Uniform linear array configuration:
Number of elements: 12
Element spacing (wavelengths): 0.25
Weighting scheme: hann
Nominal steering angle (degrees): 60
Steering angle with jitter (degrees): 61.851
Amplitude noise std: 0.05
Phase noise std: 0.05

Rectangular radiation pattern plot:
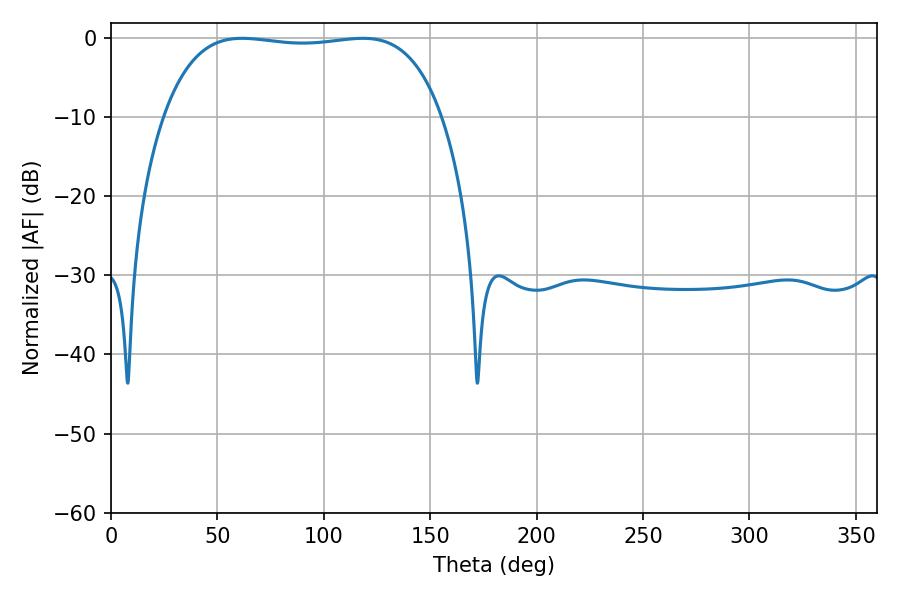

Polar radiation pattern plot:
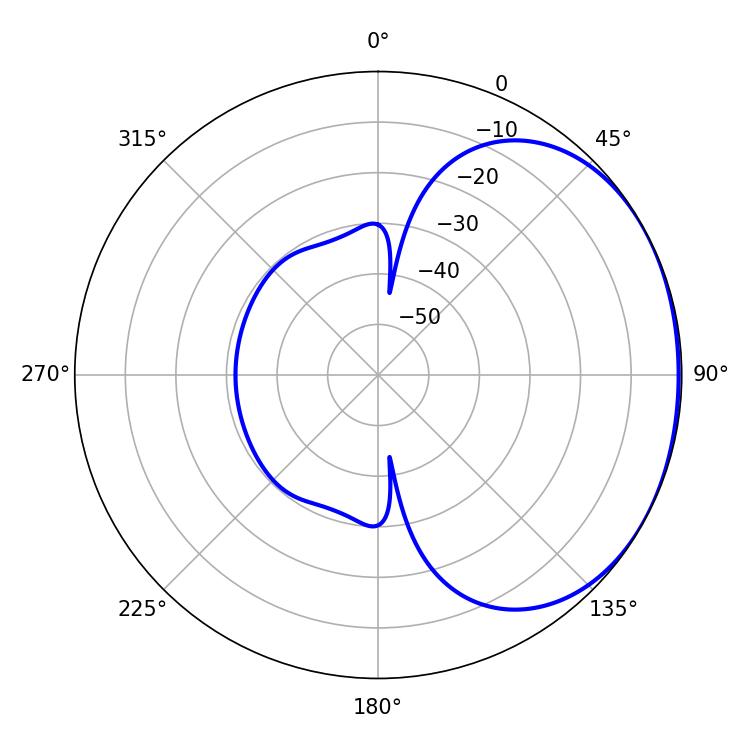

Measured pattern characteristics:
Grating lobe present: FALSE
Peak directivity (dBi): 1.285
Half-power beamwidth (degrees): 104.04
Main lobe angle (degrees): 61.56